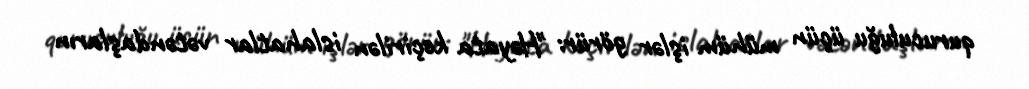
quruculuğu üçün mühüm işlər görür: "Həyata keçirilən islahatlar vətəndaşların